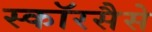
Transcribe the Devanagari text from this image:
स्कॉरसैसे